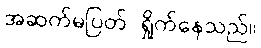
အဆက်မပြတ် ရှိုက်နေသည်။